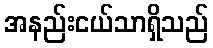
အနည်းငယ်သာရှိသည်